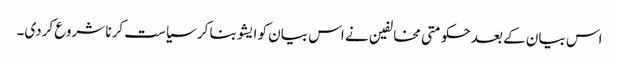
اس بیان کے بعد حکومتی مخالفین نے اس بیان کو ایشو بنا کر سیاست کرنا شروع کردی۔